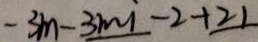
- 3 m - 3 m i - 2 + 2 1